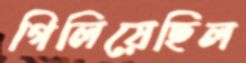
গিলিয়েছিল